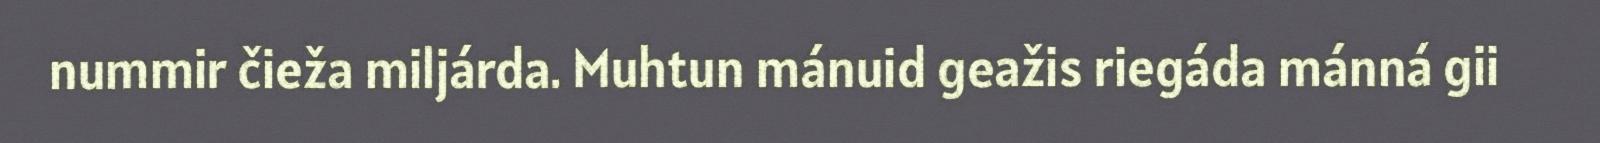
nummir čieža miljárda. Muhtun mánuid geažis riegáda mánná gii